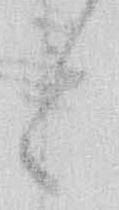
と